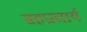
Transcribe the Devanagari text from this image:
सहप्राचार्य